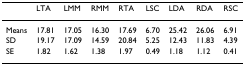
<table><thead><tr><td></td><td><b>LTA</b></td><td><b>LMM</b></td><td><b>RMM</b></td><td><b>RTA</b></td><td><b>LSC</b></td><td><b>LDA</b></td><td><b>RDA</b></td><td><b>RSC</b></td></tr></thead><tbody><tr><td>Means</td><td>17.81</td><td>17.05</td><td>16.30</td><td>17.69</td><td>6.70</td><td>25.42</td><td>26.06</td><td>6.91</td></tr><tr><td>SD</td><td>19.17</td><td>17.09</td><td>14.59</td><td>20.84</td><td>5.25</td><td>12.43</td><td>11.83</td><td>4.39</td></tr><tr><td>SE</td><td>1.82</td><td>1.62</td><td>1.38</td><td>1.97</td><td>0.49</td><td>1.18</td><td>1.12</td><td>0.41</td></tr></tbody></table>